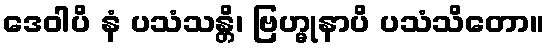
ဒေဝါပိ နံ ပသံသန္တိ၊ ဗြဟ္မုနာပိ ပသံသိတော။